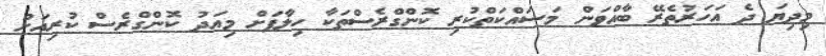
މިދިޔަ ދެ އަހަރުތެރޭ ބާއްވަން މަސައްކަތްކުރި ކޮންގްރެސްތަކާ ހިލާފަށް މިއަދު ކޮންގްރެސް ކުރިއަށް